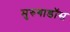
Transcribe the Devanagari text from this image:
मुरुगाडॉस